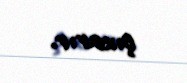
çıxarır.